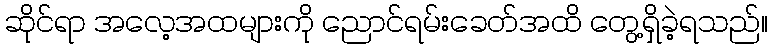
ဆိုင်ရာ အလေ့အထများကို ညောင်ရမ်းခေတ်အထိ တွေ့ရှိခဲ့ရသည်။